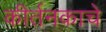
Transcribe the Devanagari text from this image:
कीर्तनकाचे